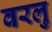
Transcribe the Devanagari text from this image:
वरलु